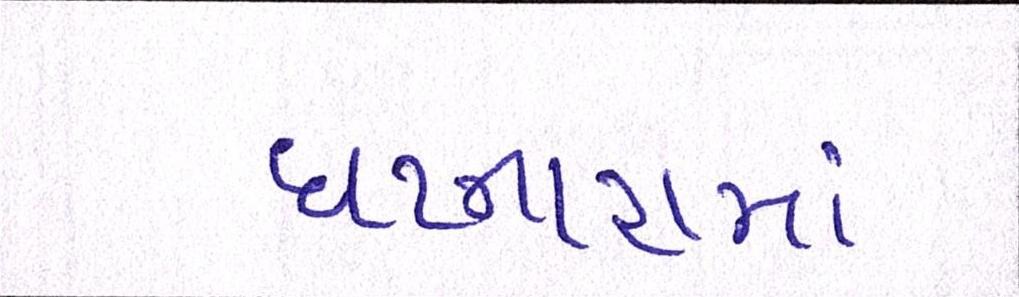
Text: ઘટનારામાં